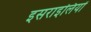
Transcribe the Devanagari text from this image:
इसराइलियों